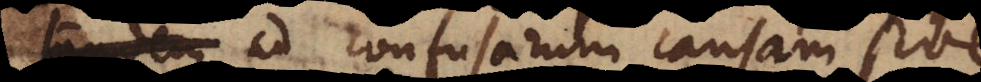
aliquando ad confusarum causam sive